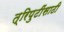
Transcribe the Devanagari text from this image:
त्रिपुटींसाठी